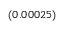
_ { ( 0 . 0 0 0 2 5 ) }